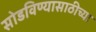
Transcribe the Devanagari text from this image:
सोडविण्यासाठीच्या